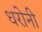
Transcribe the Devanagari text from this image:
धरोनी